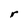
Character: r